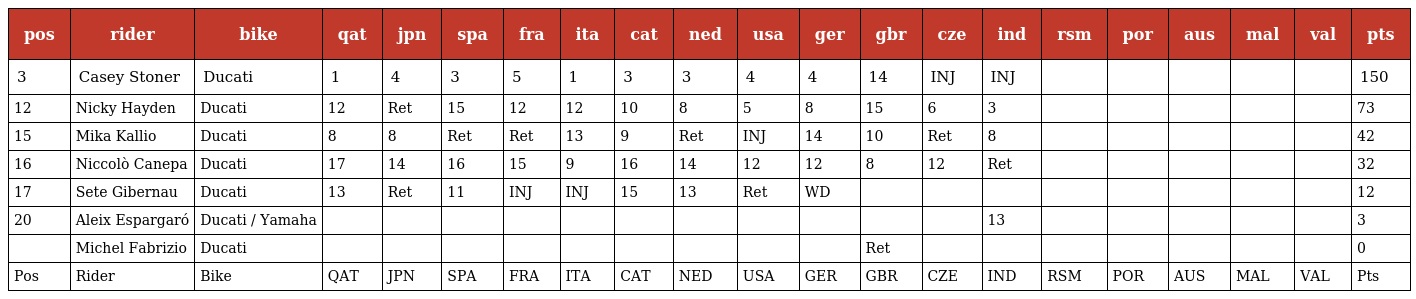
| pos | rider | bike | qat | jpn | spa | fra | ita | cat | ned | usa | ger | gbr | cze | ind | rsm | por | aus | mal | val | pts |
 | --- | --- | --- | --- | --- | --- | --- | --- | --- | --- | --- | --- | --- | --- | --- | --- | --- | --- | --- | --- | --- |
 | 3 | Casey Stoner | Ducati | 1 | 4 | 3 | 5 | 1 | 3 | 3 | 4 | 4 | 14 | INJ | INJ |  |  |  |  |  | 150 |
 | 12 | Nicky Hayden | Ducati | 12 | Ret | 15 | 12 | 12 | 10 | 8 | 5 | 8 | 15 | 6 | 3 |  |  |  |  |  | 73 |
 | 15 | Mika Kallio | Ducati | 8 | 8 | Ret | Ret | 13 | 9 | Ret | INJ | 14 | 10 | Ret | 8 |  |  |  |  |  | 42 |
 | 16 | Niccolò Canepa | Ducati | 17 | 14 | 16 | 15 | 9 | 16 | 14 | 12 | 12 | 8 | 12 | Ret |  |  |  |  |  | 32 |
 | 17 | Sete Gibernau | Ducati | 13 | Ret | 11 | INJ | INJ | 15 | 13 | Ret | WD |  |  |  |  |  |  |  |  | 12 |
 | 20 | Aleix Espargaró | Ducati / Yamaha |  |  |  |  |  |  |  |  |  |  |  | 13 |  |  |  |  |  | 3 |
 |  | Michel Fabrizio | Ducati |  |  |  |  |  |  |  |  |  | Ret |  |  |  |  |  |  |  | 0 |
 | Pos | Rider | Bike | QAT | JPN | SPA | FRA | ITA | CAT | NED | USA | GER | GBR | CZE | IND | RSM | POR | AUS | MAL | VAL | Pts |